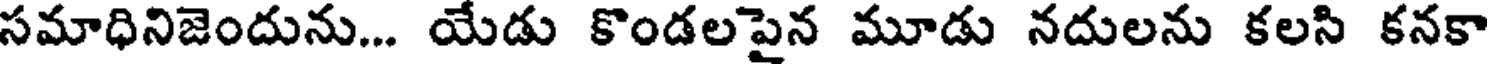
సమాధినిజెందును... యేడు కొండలపైన మూడు నదులను కలసి కనకా